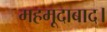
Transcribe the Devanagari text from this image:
महमूदाबाद।